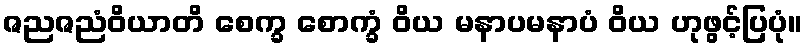
ဇညဇညံဝိယာတိ စေက္ခ စောက္ခံ ဝိယ မနာပမနာပံ ဝိယ ဟုဖွင့်ပြပုံ။